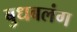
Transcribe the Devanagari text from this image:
बुधबलंग